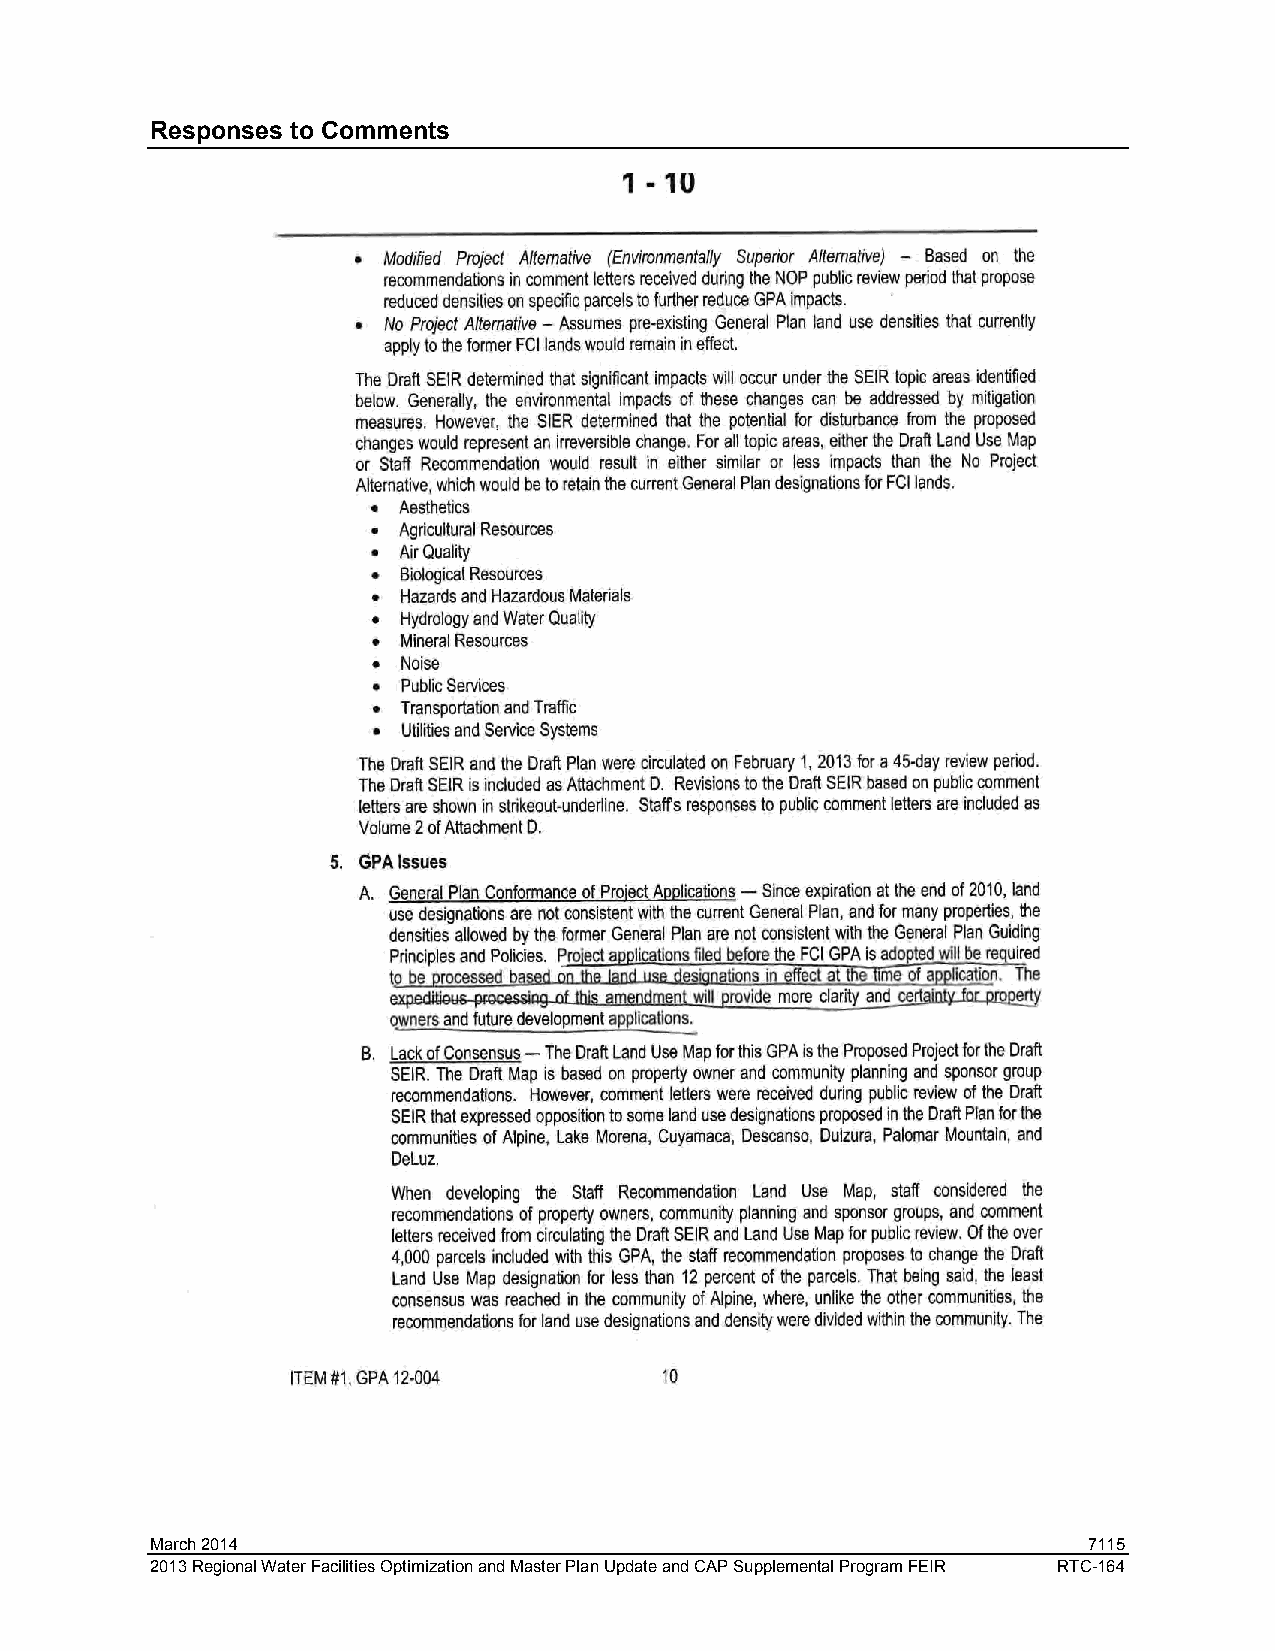
Responses to Comments
 March 2014                                                    7115
 2013 Regional Water Facilities Optimization and Master Plan Update and CAP Supplemental Program FEIR RTC-164